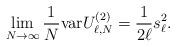
LaTeX: \begin{align*} \lim_{N\to\infty}\frac 1N\mbox{var}U^{(2)}_{\ell,N}=\frac 1{2\ell}s^2_\ell. \end{align*}